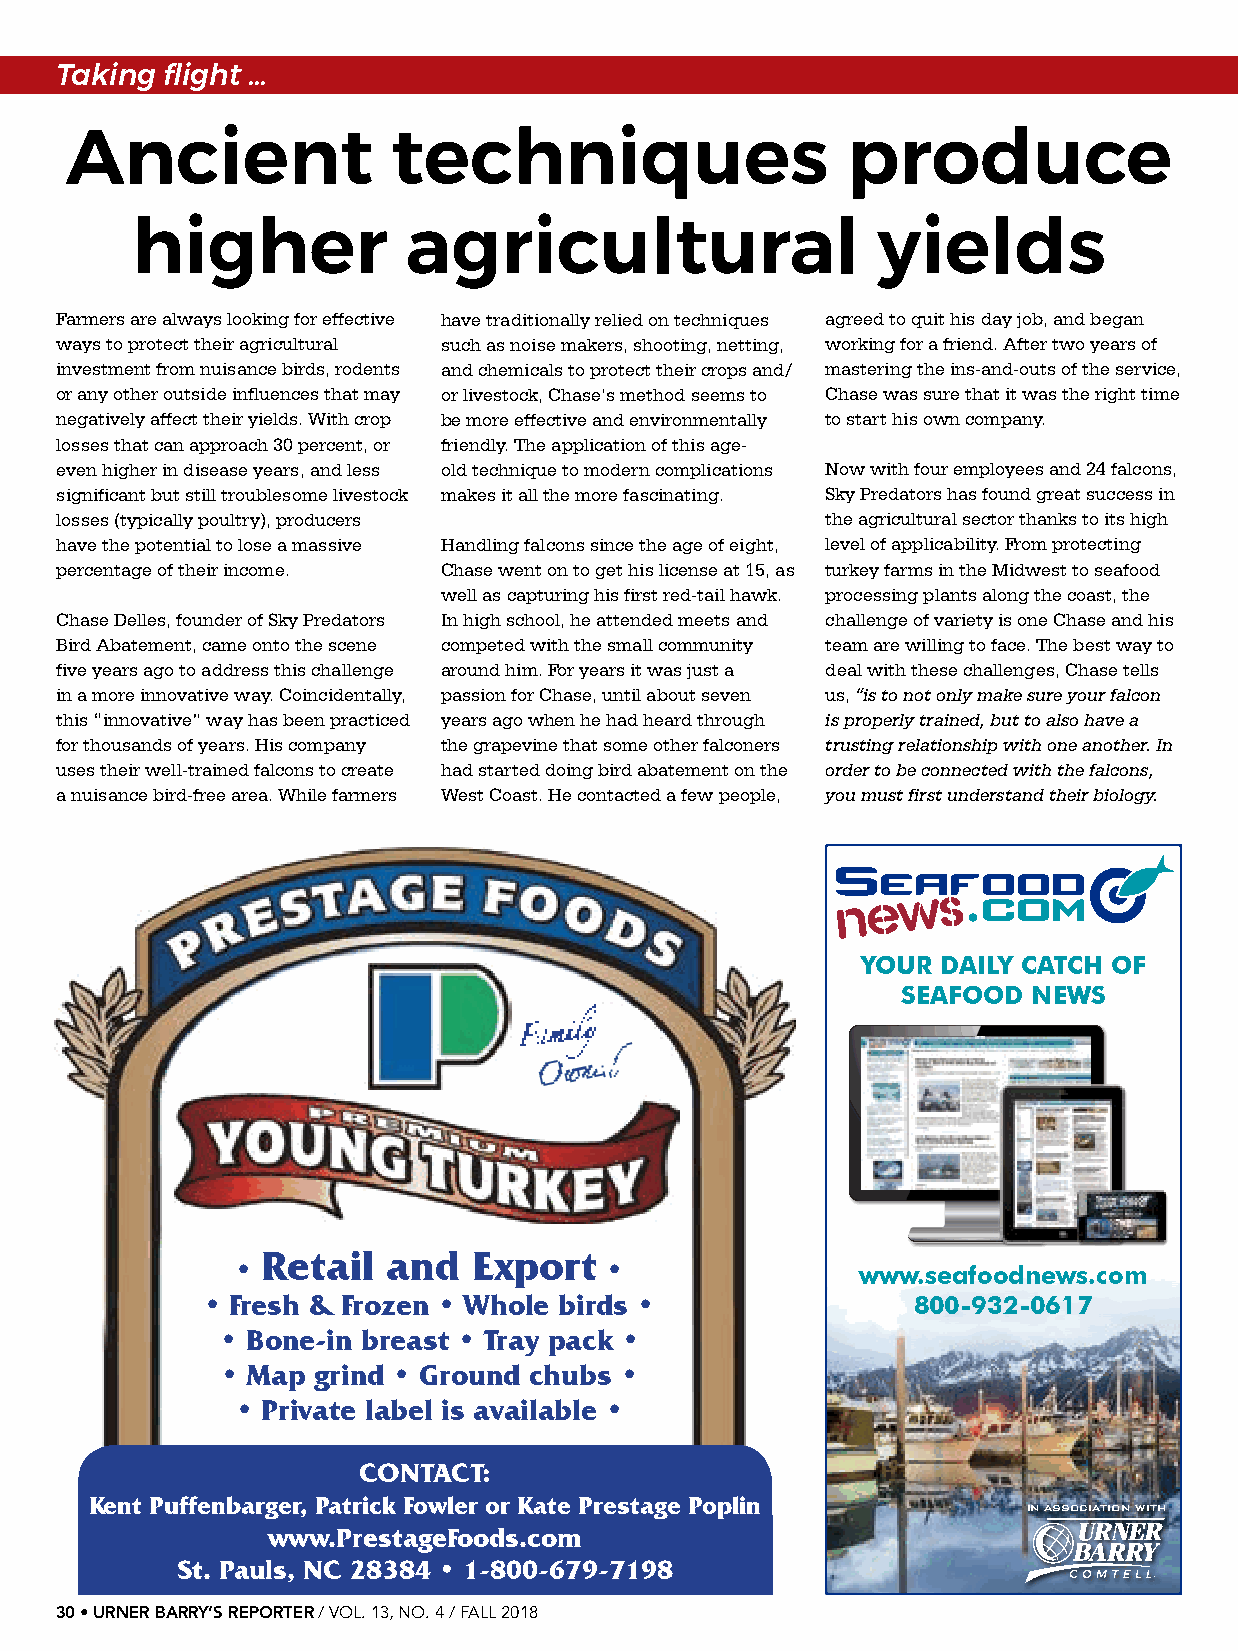
Taking flight …
 Ancient               techniques                    produce
 higher            agricultural                   yields
 Farmers are always looking for effective have traditionally relied on techniques agreed to quit his day job, and began
 ways to protect their agricultural such as noise makers, shooting, netting, working for a friend. After two years of
 investment from nuisance birds, rodents and chemicals to protect their crops and/ mastering the ins-and-outs of the service,
 or any other outside influences that may or livestock, Chase’s method seems to Chase was sure that it was the right time
 negatively affect their yields. With crop be more effective and environmentally to start his own company.
 losses that can approach 30 percent, or friendly. The application of this age-
 even higher in disease years, and less old technique to modern complications Now with four employees and 24 falcons,
 significant but still troublesome livestock makes it all the more fascinating. Sky Predators has found great success in
 losses (typically poultry), producers              the agricultural sector thanks to its high
 have the potential to lose a massive Handling falcons since the age of eight, level of applicability. From protecting
 percentage of their income. Chase went on to get his license at 15, as turkey farms in the Midwest to seafood
 well as capturing his first red-tail hawk. processing plants along the coast, the
 Chase Delles, founder of Sky Predators In high school, he attended meets and challenge of variety is one Chase and his
 Bird Abatement, came onto the scene competed with the small community team are willing to face. The best way to
 five years ago to address this challenge around him. For years it was just a deal with these challenges, Chase tells
 in a more innovative way. Coincidentally, passion for Chase, until about seven us, “is to not only make sure your falcon
 this “innovative” way has been practiced years ago when he had heard through is properly trained, but to also have a
 for thousands of years. His company the grapevine that some other falconers trusting relationship with one another. In
 uses their well-trained falcons to create had started doing bird abatement on the order to be connected with the falcons,
 a nuisance bird-free area. While farmers West Coast. He contacted a few people, you must first understand their biology.
 YOUR DAILY CATCH OF
 SEAFOOD NEWS
 Retail   and  Export
 •                       •
 www.seafoodnews.com
 • Fresh & Frozen • Whole birds •              800-932-0617
 • Bone-in breast • Tray pack •
 • Map grind • Ground chubs •
 • Private label is available •
 CONTACT:
 Kent Puffenbarger, Patrick Fowler or Kate Prestage Poplin
 IN ASSOCIATION WITH
 www.PrestageFoods.com
 St. Pauls, NC 28384 • 1-800-679-7198
 30 • URNER BARRY’S REPORTER / VOL. 13, NO. 4 / FALL 2018